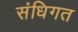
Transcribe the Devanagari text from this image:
संधिगत